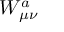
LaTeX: W _ { \mu \nu } ^ { a }